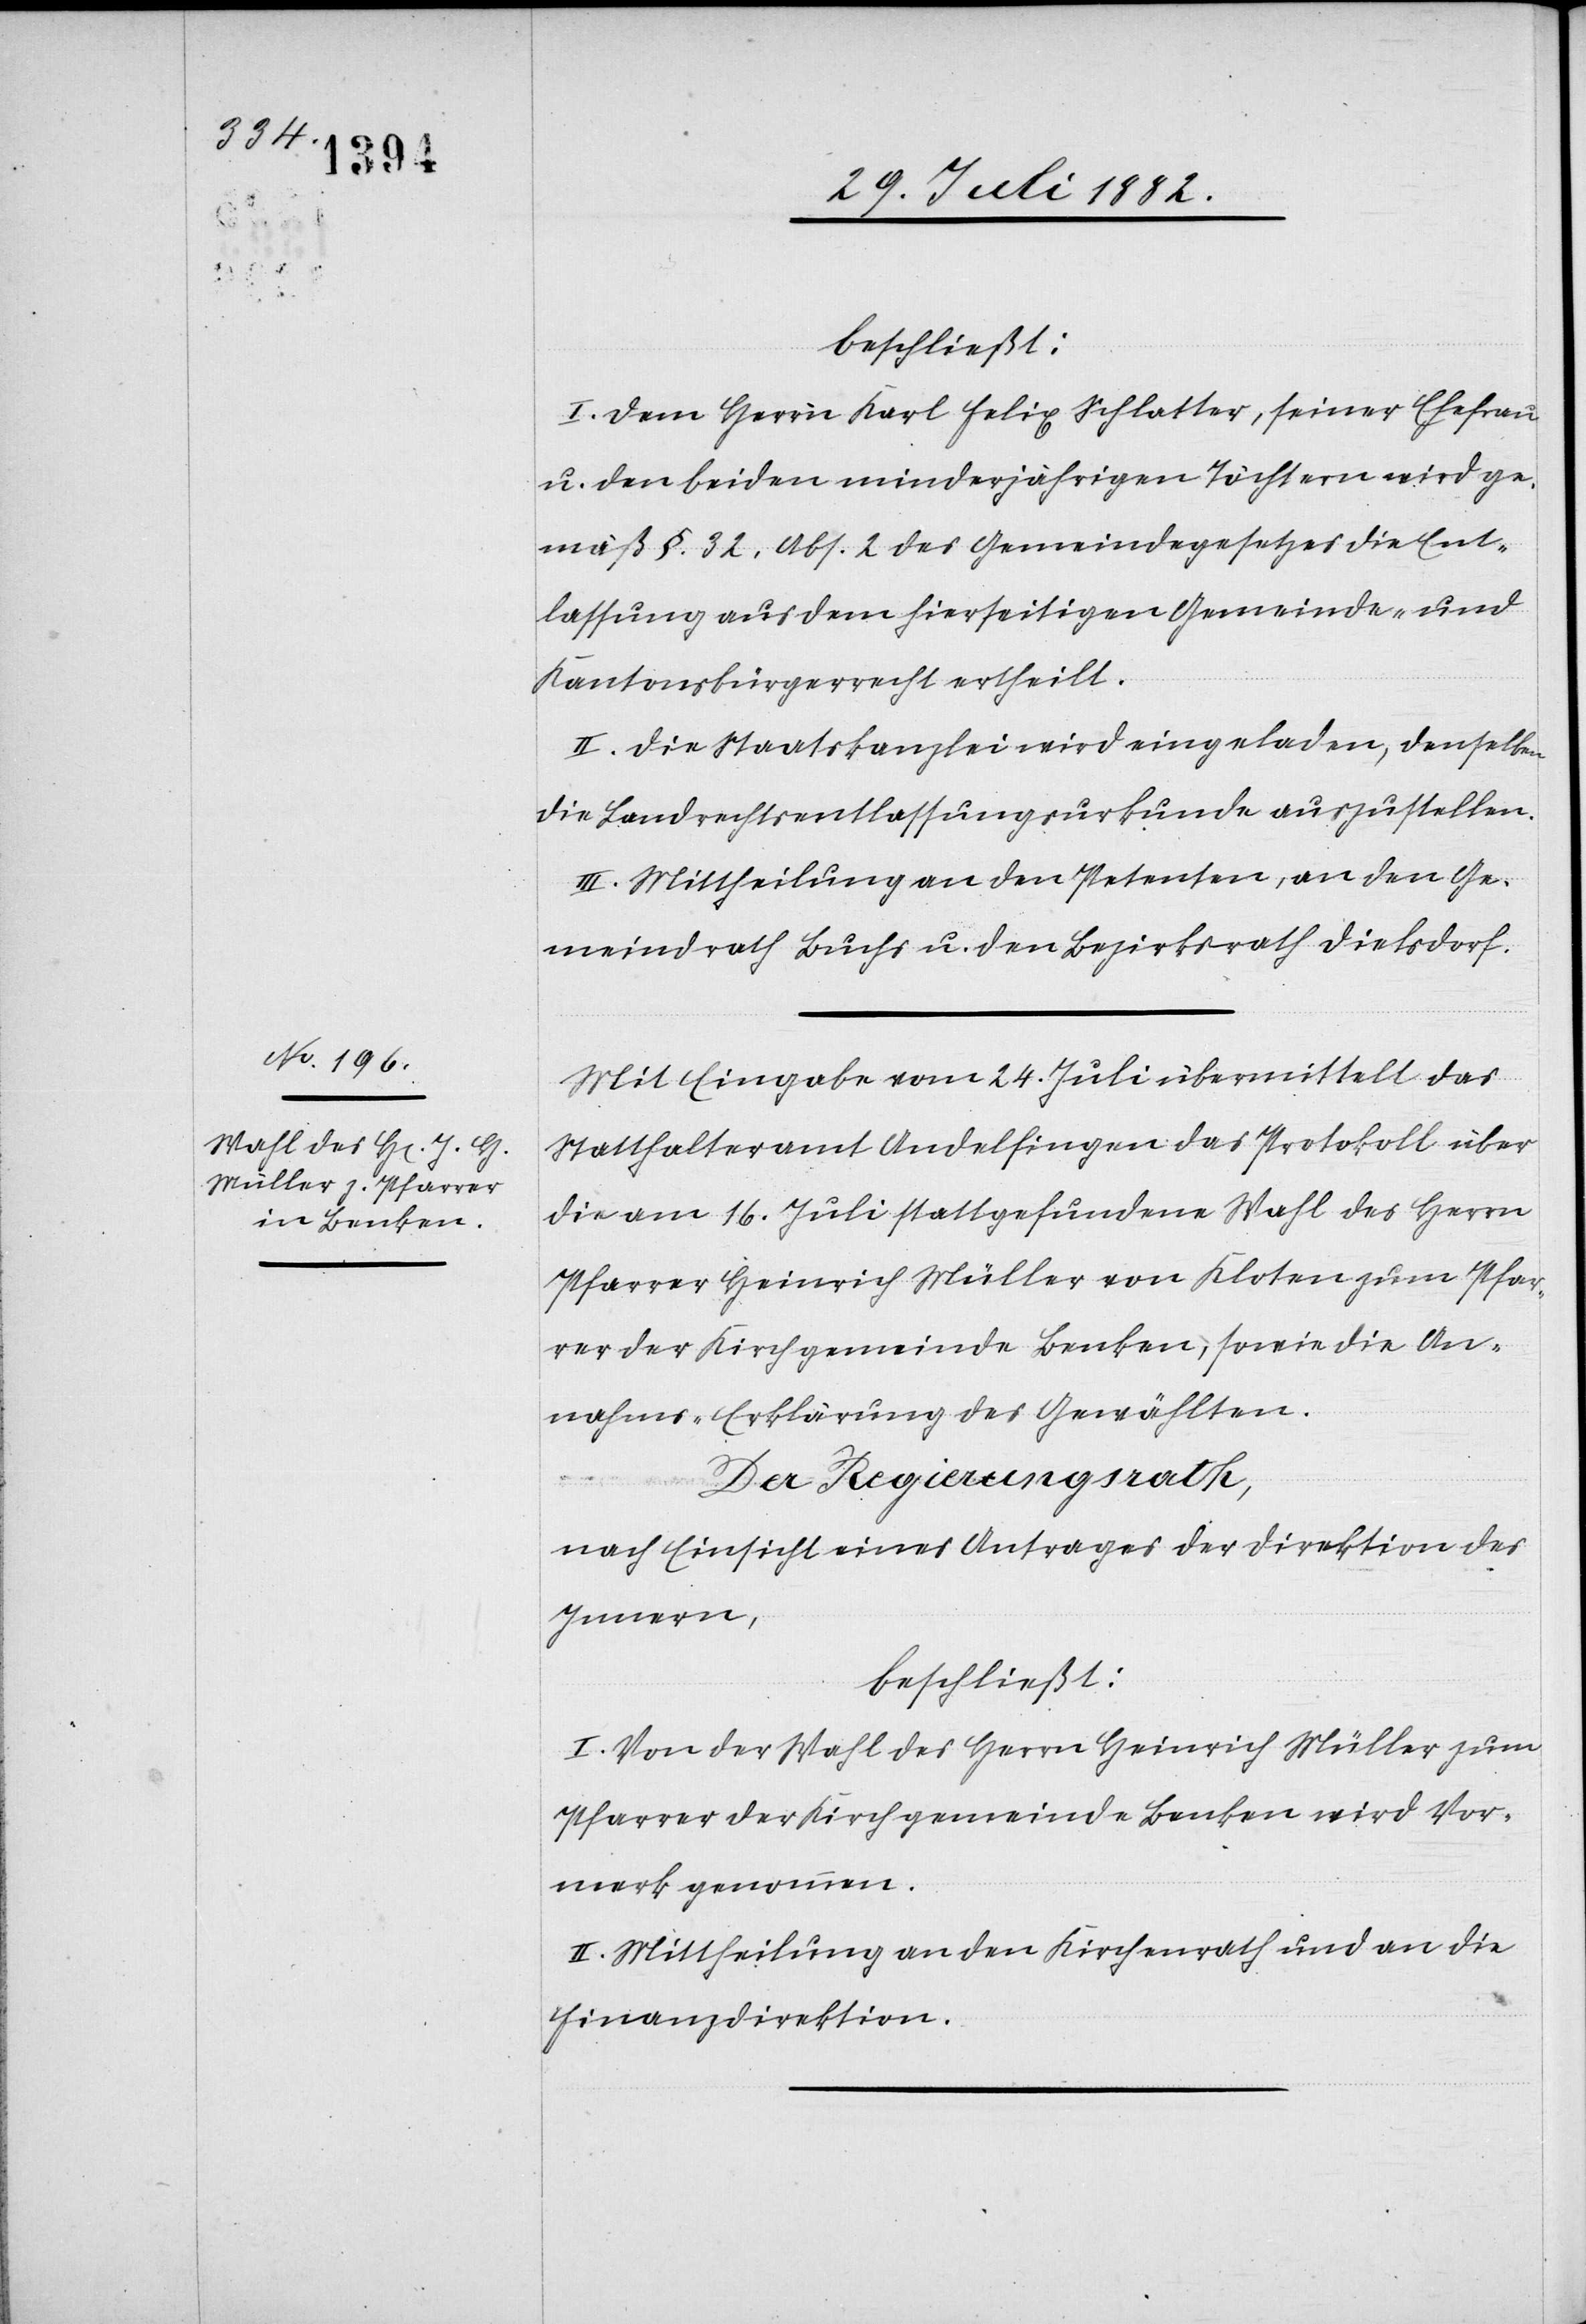
beschließt:
I. Dem Herrn Karl Felix Schlatter, seiner Ehefrau
u. den beiden minderjährigen Töchtern wird ge¬
mäß §. 32, Abs. 2 des Gemeindegesetzes die Ent¬
lassung aus dem hierseitigen Gemeinde- und
Kantonsbürgerrecht ertheilt.
II. Die Staatskanzlei wird eingeladen, denselben
die Landrechtsentlassungsurkunde auszustellen.
III. Mittheilung an den Petenten, an den Ge¬
meindrath Buchs u. den Bezirksrath Dielsdorf.
Mit Eingabe vom 24. Juli übermittelt das
Statthalteramt Andelfingen das Protokoll über
die am 16. Juli stattgefundene Wahl des Herrn
Pfarrer Heinrich Müller von Kloten zum Pfar¬
rer der Kirchgemeinde Benken, sowie die An¬
nahms-Erklärung des Gewählten.
Der Regierungsrath,
nach Einsicht eines Antrages der Direktion des
Innern,
beschließt:
I. Von der Wahl des Herrn Heinrich Müller zum
Pfarrer der Kirchgemeinde Benken wird Vor¬
merk genommen.
II. Mittheilung an den Kirchenrath und an die
Finanzdirektion.